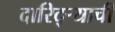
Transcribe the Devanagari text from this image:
दारिद्‌र्‍याची